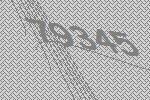
79345